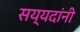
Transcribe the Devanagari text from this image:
सय्यदांनी